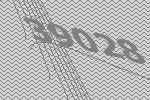
39028